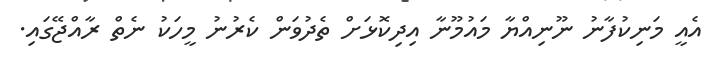
އެއީ މަނިކުފާނު ނޫނިއްޔާ މައުމޫނާ އިދިކޮޅަށް ތެދުވަން ކެރުނު މީހަކު ނެތް ރާއްޖޭގައި.